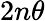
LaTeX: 2n\theta